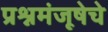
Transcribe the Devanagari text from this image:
प्रश्नमंजूषेचे